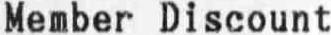
MEMBER DISCOUNT